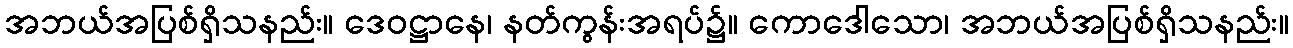
အဘယ်အပြစ်ရှိသနည်း။ ဒေဝဋ္ဌာနေ၊ နတ်ကွန်းအရပ်၌။ ကောဒေါသော၊ အဘယ်အပြစ်ရှိသနည်း။